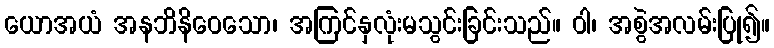
ယောအယံ အနဘိနိဝေသော၊ အကြင်နှလုံးမသွင်းခြင်းသည်။ ဝါ၊ အစွဲအလမ်းပြု၍။